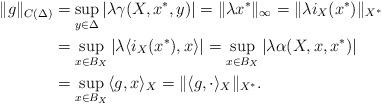
LaTeX: \begin{align*}\|g\|_{C(\Delta)}&=\sup_{y\in\Delta}|\lambda \gamma(X,x^*,y)|=\|\lambda x^*\|_\infty=\|\lambda i_X(x^*)\|_{X^*}\\&=\sup_{x\in B_{X}}|\lambda\langle i_X(x^*),x\rangle|=\sup_{x\in B_{X}}|\lambda\alpha(X,x,x^*)|\\&=\sup_{x\in B_{X}}\langle g,x\rangle_X=\|\langle g,\cdot\rangle_X\|_{X^*}.\end{align*}